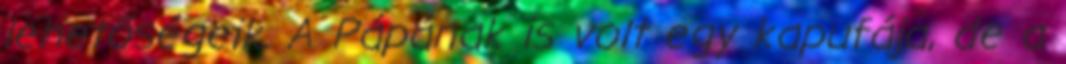
lehetőségeik. A Pápának is volt egy kapufája, de a